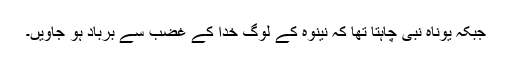
جبکہ یوناہ نبی چاہتا تھا کہ نینوہ کے لوگ خدا کے غضب سے برباد ہو جاویں۔